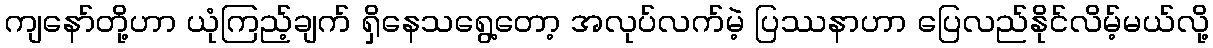
ကျနော်တို့ဟာ ယုံကြည့်ချက် ရှိနေသရွေ့တော့ အလုပ်လက်မဲ့ ပြဿနာဟာ ပြေလည်နိုင်လိမ့်မယ်လို့